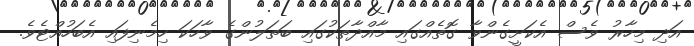
އަދި މިހާރު ވެސް އެކަށީގެންވާ ގޮތެއްގައި މާއްދާތަކުގައި ބަތަލުންގެ ވާހަކަ ހިމެނިފައި އެބަހުއްޓެވެ.